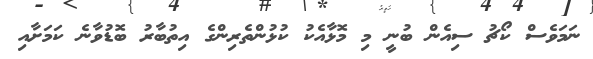
ނަމަވެސް ކޯޗު ސިއެން ބުނީ މި މޮޅާއެކު ކުޅުންތެރިންގެ އިތުބާރު ބޮޑުވާނެ ކަމަށާއި